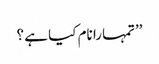
’’تمہارا نام کیا ہے ؟